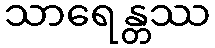
သာရေန္တဿ